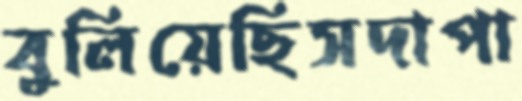
বুলিয়েছিসদাপা